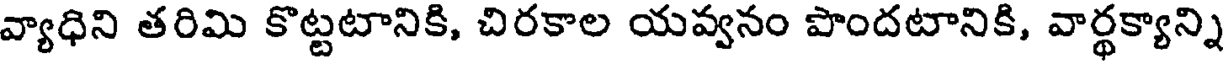
వ్యాధిని తరిమి కొట్టటానికి, చిరకాల యవ్వనం పొందటానికి, వార్థక్యాన్ని